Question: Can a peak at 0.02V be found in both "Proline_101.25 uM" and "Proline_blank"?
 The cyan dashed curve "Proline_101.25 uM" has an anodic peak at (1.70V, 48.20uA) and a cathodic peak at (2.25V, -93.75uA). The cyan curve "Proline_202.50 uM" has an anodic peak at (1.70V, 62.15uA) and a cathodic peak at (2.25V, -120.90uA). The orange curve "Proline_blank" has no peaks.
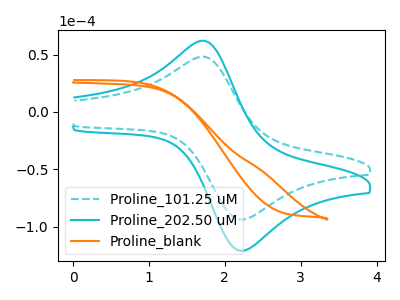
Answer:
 <answer>No, "Proline_101.25 uM" and "Proline_blank" dont share a peak at 0.02V.</answer>
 <eval>mismatch</eval>